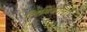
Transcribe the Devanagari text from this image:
लिमिकोला